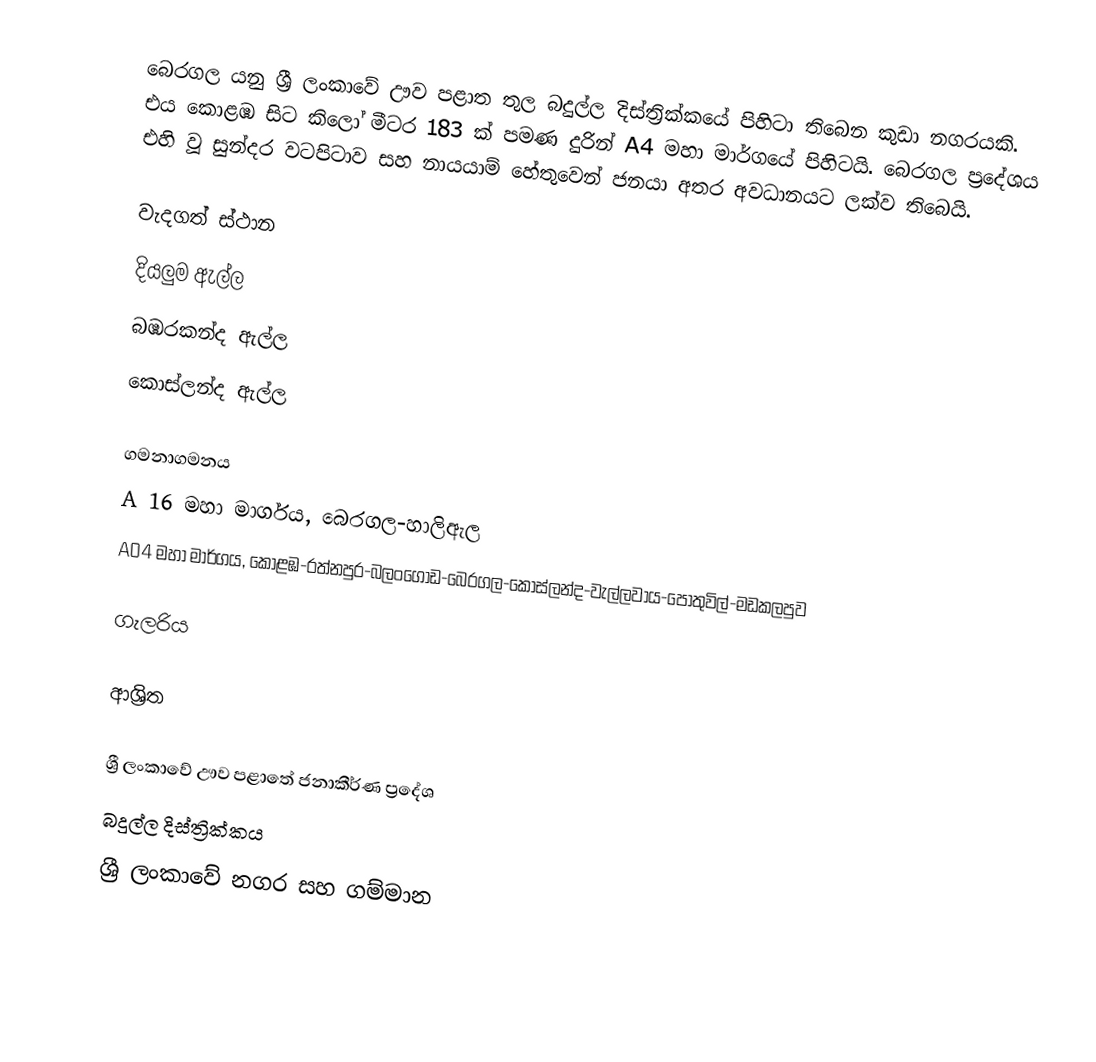
බෙරගල යනු ශ්‍රී ලංකාවේ ඌව පළාත තුල බදුල්ල දිස්ත්‍රික්කයේ පිහිටා තිබෙන කුඩා නගරයකි. එය කොළඹ සිට කිලෝ මීටර 183 ක් පමණ දුරින් A4 මහා මාර්ගයේ පිහිටයි. බෙරගල ප්‍රදේශය එහි වූ සුන්දර වටපිටාව සහ නායයාම් හේතුවෙන් ජනයා අතර අවධානයට ලක්ව තිබෙයි.

වැදගත් ස්ථාන
දියලුම ඇල්ල
බඹරකන්ද ඇල්ල
කොස්ලන්ද ඇල්ල

ගමනාගමනය
A 16 මහා මාර්ගය, බෙරගල-හාලිඇල
A04 මහා මාර්ගය, කොළඹ-රත්නපුර-බලංගොඩ-බෙරගල-කොස්ලන්ද-වැල්ලවාය-පොතුවිල්-මඩකලපුව

ගැලරිය

ආශ්‍රිත

ශ්‍රී ලංකාවේ ඌව පළාතේ ජනාකීර්ණ ප්‍රදේශ
බදුල්ල දිස්ත්‍රික්කය
ශ්‍රී ලංකාවේ නගර සහ ගම්මාන